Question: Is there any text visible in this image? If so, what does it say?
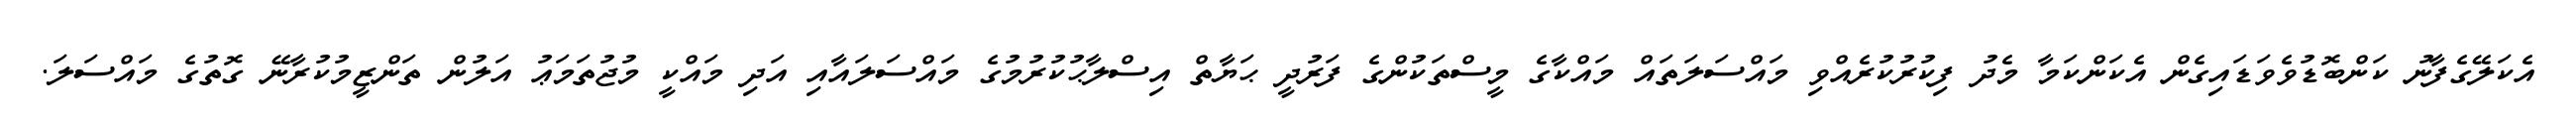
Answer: އެކަލޭގެފާނު ކަންބޮޑުވެވަޑައިގެން އެކަންކަމާ މެދު ފިކުރުކުރެއްވި މައްސަލަތައް މައްކާގެ މީސްތަކުންގެ ފަރުދީ ޙަޔާތް އިސްލާޙުކުރުމުގެ މައްސަލައާއި އަދި މައްކީ މުޖުތަމަޢު އަލުން ތަންޒީމުކުރާނޭ ގޮތުގެ މައްސަލަ.